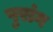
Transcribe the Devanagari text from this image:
पुरांग